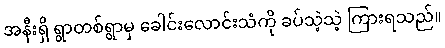
အနီးရှိ ရွာတစ်ရွာမှ ခေါင်းလောင်းသံကို ခပ်သဲ့သဲ့ ကြားရသည်။